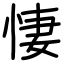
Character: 悽